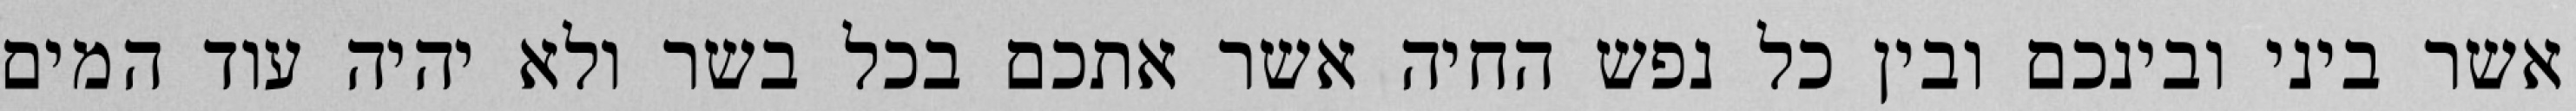
אשר ביני ובינכם ובין כל נפש החיה אשר אתכם בכל בשר ולא יהיה עוד המים